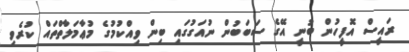
ރައީސް އޮފީހުން ބުނީ އޭގެ ސަބަބުން ނުއަގުގައި ބިން ވިއްކުމުގެ މުޢާމަލާތްތައް ކުރެވި